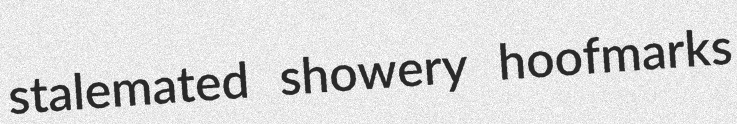
stalemated showery hoofmarks